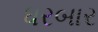
ધરબાર